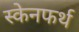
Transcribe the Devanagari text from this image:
स्केनफर्थ